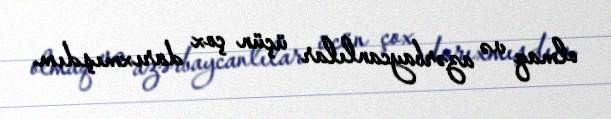
olmaq və azərbaycanlılar üçün çox darıxmışdım.